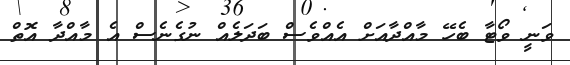
ވަނީ ވޯޓާ ބެހޭ މާއްދާއަށް އެއްވެސް ބަދަލެއް ނުގެނެސް އެ މާއްދާ އޮތް